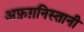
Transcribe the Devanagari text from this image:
अफ़ग़निस्तानी